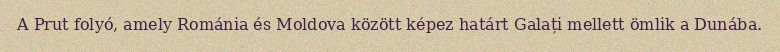
A Prut folyó, amely Románia és Moldova között képez határt Galați mellett ömlik a Dunába.